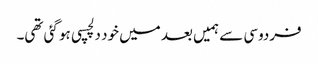
فردوسی سے ہمیں بعد میں خود دلچسپی ہو گئی تھی۔